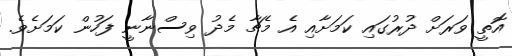
އޮތީ ވަރަށް ދުރުގައި ކަމަށާއި އެ މެޗާ މެދު ވިސްނާނީ ފަހުން ކަމަށެވެ.